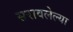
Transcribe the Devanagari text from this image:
सरावलेल्या